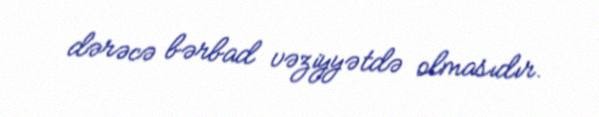
dərəcə bərbad vəziyyətdə olmasıdır.